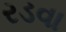
રડવા